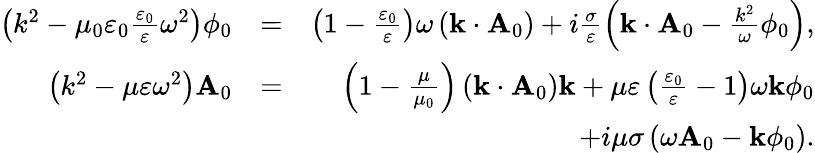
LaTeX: \begin{array}{rlr}{\left(k^{2}-\mu_{0}\varepsilon_{0}\frac{\varepsilon_{0}}{\varepsilon}\omega^{2}\right)\phi_{0}}&{=}&{\left(1-\frac{\varepsilon_{0}}{\varepsilon}\right)\omega\left(\mathbf{k}\cdot\mathbf{A}_{0}\right)+i\frac{\sigma}{\varepsilon}\left(\mathbf{k}\cdot\mathbf{A}_{0}-\frac{k^{2}}{\omega}\phi_{0}\right),}\\ {\left(k^{2}-\mu\varepsilon\omega^{2}\right)\mathbf{A}_{0}}&{=}&{\left(1-\frac{\mu}{\mu_{0}}\right)\left(\mathbf{k}\cdot\mathbf{A}_{0}\right)\mathbf{k}+\mu\varepsilon\left(\frac{\varepsilon_{0}}{\varepsilon}-1\right)\omega\mathbf{k}\phi_{0}}\\ &{}&{+i\mu\sigma\left(\omega\mathbf{A}_{0}-\mathbf{k}\phi_{0}\right).}\end{array}